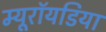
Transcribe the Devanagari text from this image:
म्यूरॉयडिया